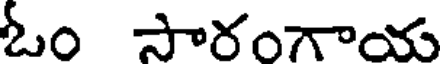
ఓం సారంగాయ